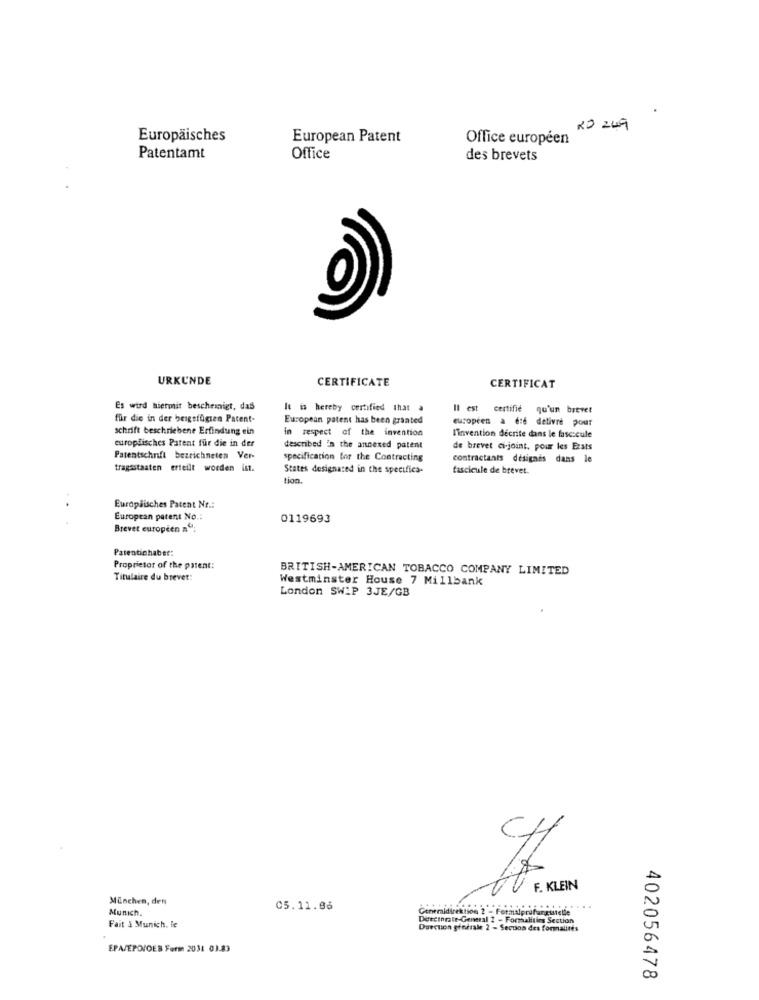
20 249
Europäisches
European Patent
Office européen
Patentamt
Office
des brevets
URKUNDE
CERTIFICATE
CERTIFICAT
Es wird hiermit bescheinigt, das
It is hereby certified that a
t certifié qu'un brevet
für die in der beigefügten Patent-
European patent has been granted
européen a été delivré pour
schrift beschriebene Erfindung ein
in respect of the invention
europäisches Patent für die in der
l'invention décrite dans le fascicule
described in the annexed patent
de brevet ci-joint, pour les Etats
Patentschrift bezeichneten Ver-
specification for the Contracting
contractanis désignés dans le
tragsstaaten erteilt worden ist.
States designated in the specifica-
fascicule de brevet.
tion.
Europäisches Patent Nr .:
European patent No.
0119693
Brevet européen nº:
Patentichaber:
Proprietor of the patent:
BRITISH-AMERICAN TOBACCO COMPANY LIMITED
Titulaire du brevet:
Westminster House 7 Millbank
London SWIP 3JE/GB
TV F. KLEIN
München, den
Munich.
05.11.06
Directorate-General 2 - Formalities Section
Fait à Munich. le
Duecuon generale 2 - Section des formalites
EPA/EPO/OEB Form 2031 03.83
402056478